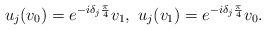
LaTeX: \begin{align*}u_j(v_0)=e^{-i\delta_j \frac{\pi}{4}} v_1,\ u_j(v_1)=e^{-i\delta_j \frac{\pi}{4}} v_0.\end{align*}